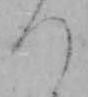
つ